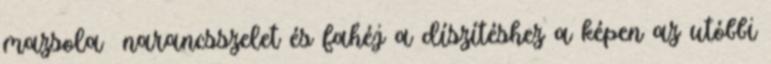
mazsola narancsszelet és fahéj a díszítéshez a képen az utóbbi